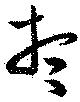
想